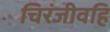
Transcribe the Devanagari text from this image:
चिरंजीवहि